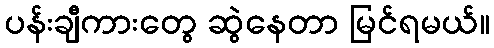
ပန်းချီကားတွေ ဆွဲနေတာ မြင်ရမယ်။